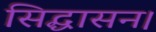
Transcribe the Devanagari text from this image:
सिद्धासन।